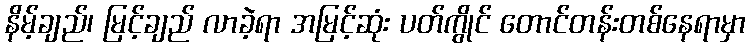
နိမ့်ချည်၊ မြင့်ချည် လာခဲ့ရာ အမြင့်ဆုံး ပတ်ကွိုင် တောင်တန်းတစ်နေရာမှာ